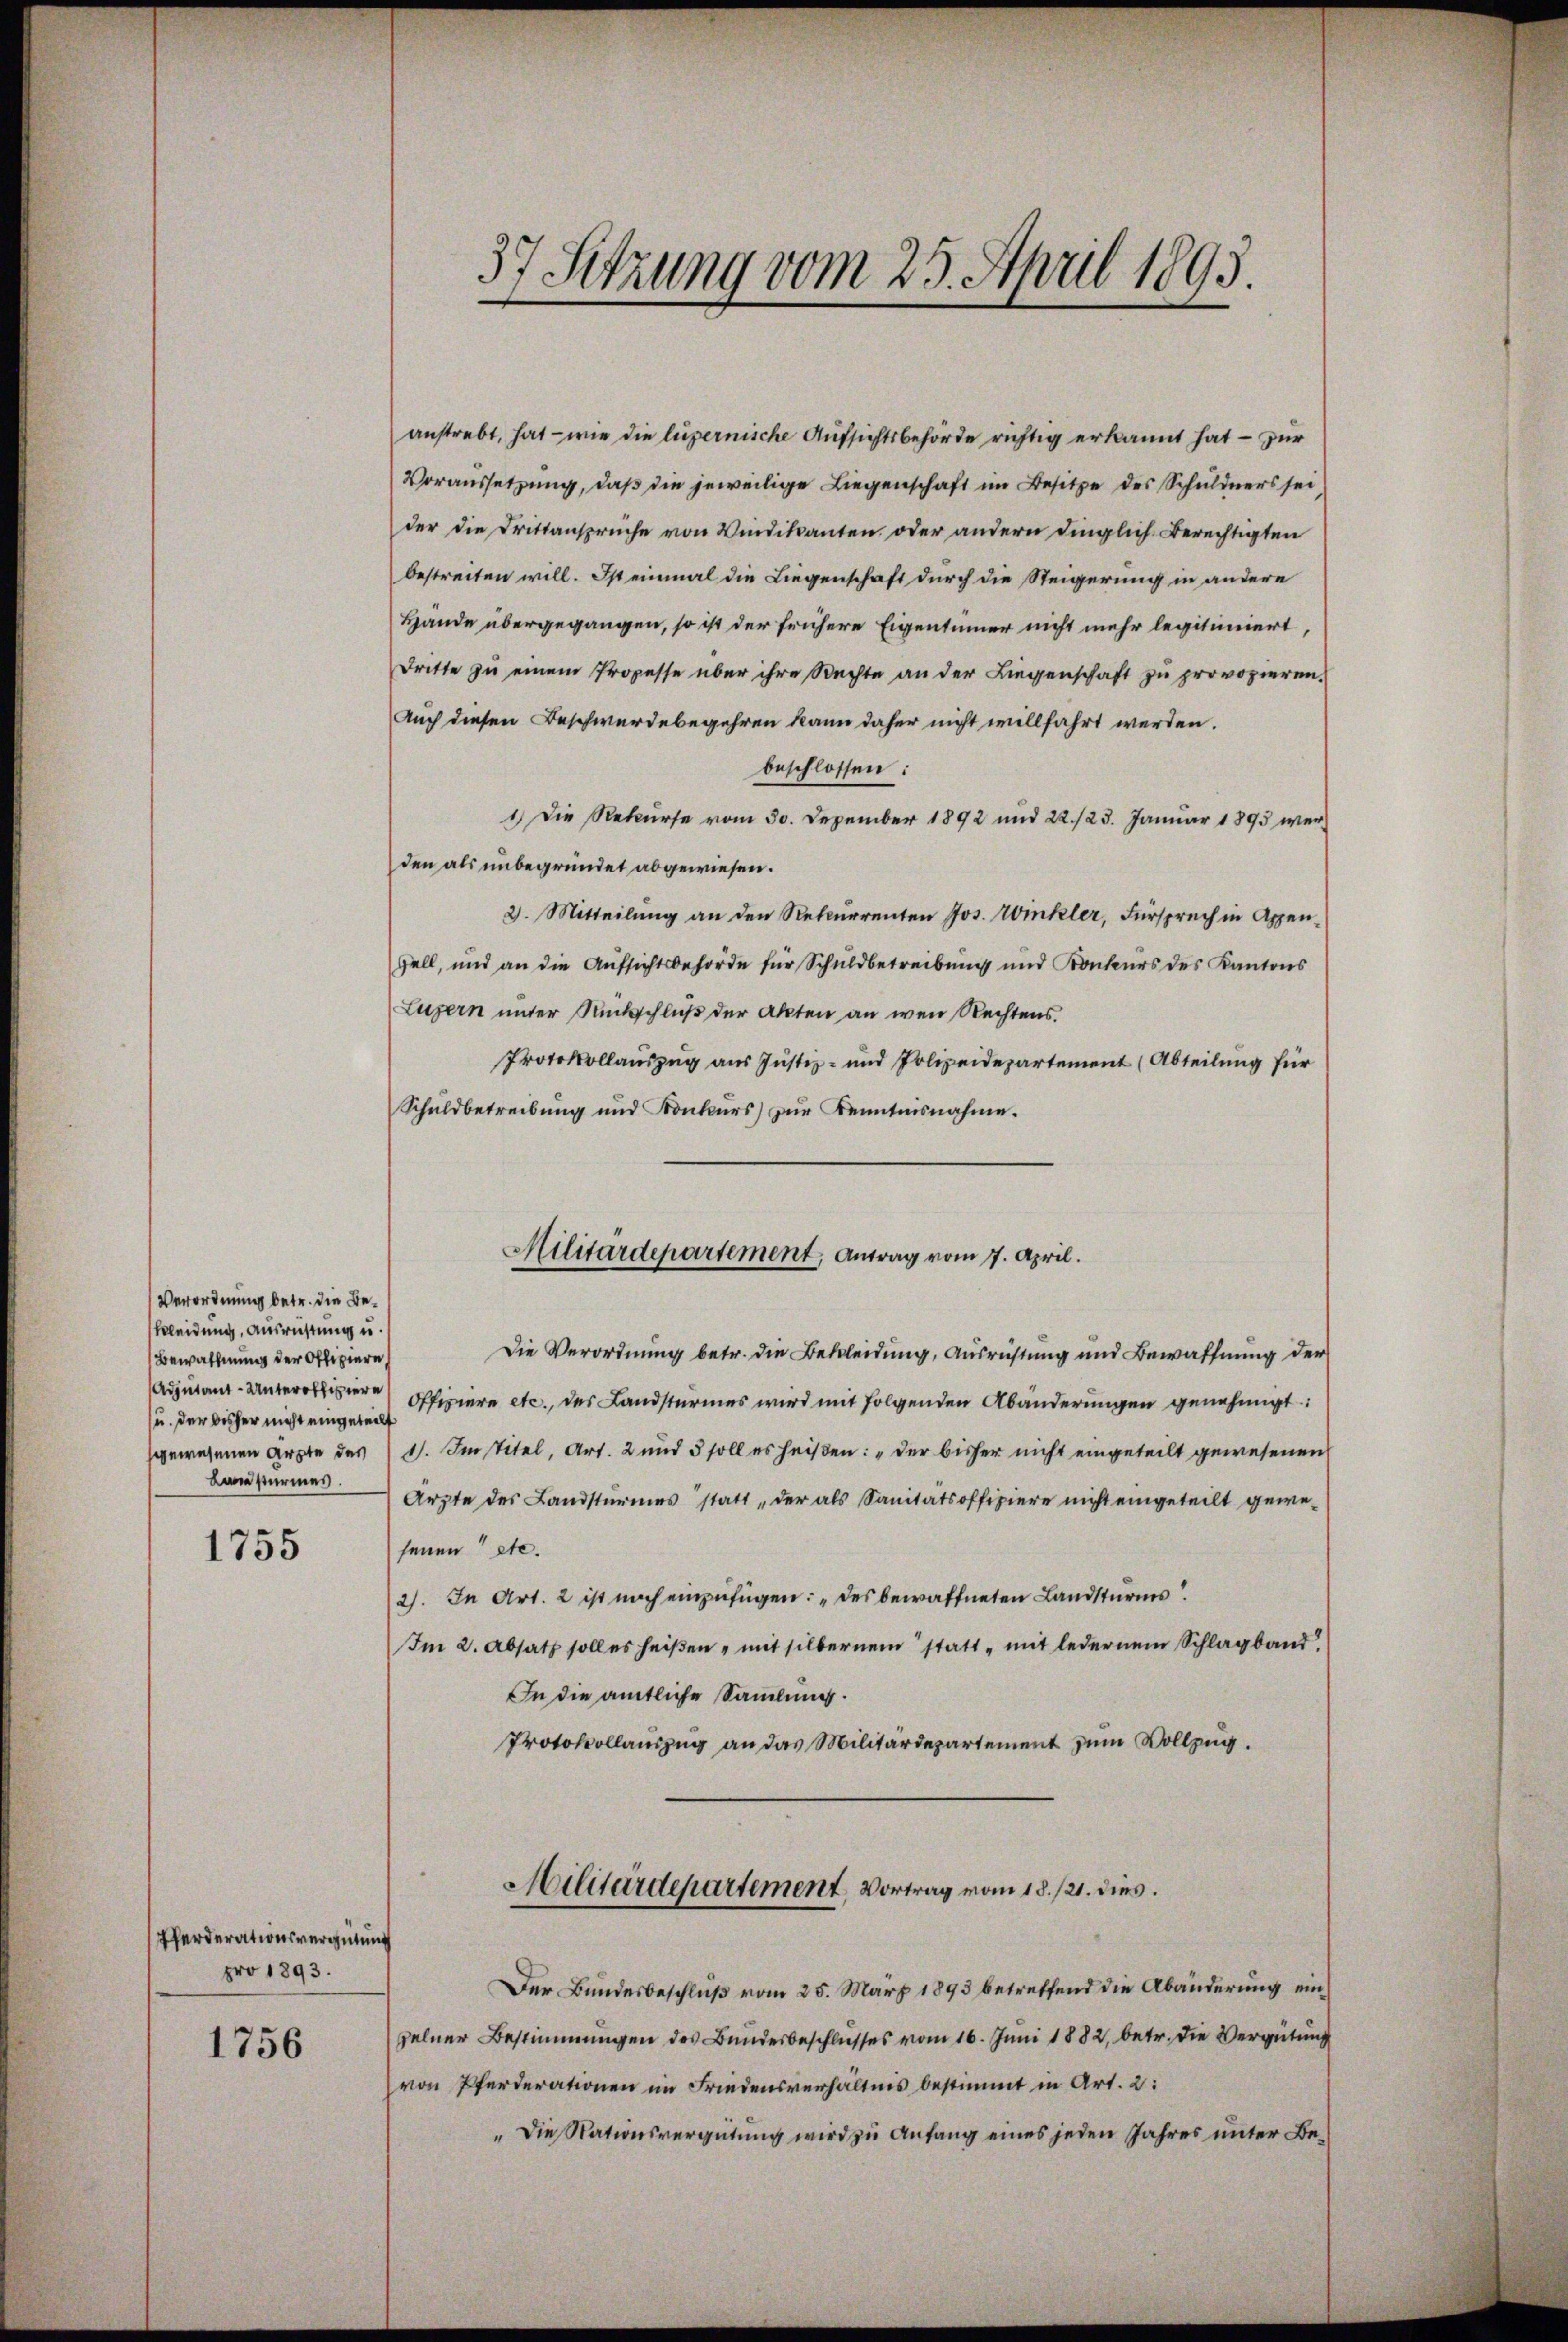
Verordnung betr. die Bekleidung, Ausrüstung u.
Bewachung der Offiziere
u. der bisher nicht eingeteilt
Baustürmes.

1755

Pferderationsvergütung
pro 1893.

1756

37 Sitzung vom 25. April 1893.

anstrebt, hat — wie die luzernische Aufsichtsbehörde richtig erkannt hat – zur
Voraussetzung, daß die jeweilige Liegenschaft im Besitze des Schuldners sei,
der die Drittansprüche von Windikanten, oder andern dinglich Berechtigten
bestreiten will. Ist einmal die Liegenschaft durch die Steigerung in andere
Hände übergegangen, so ist der frühere Eigentümer nicht mehr legitimiert,
Dritte zŭ einem Propesse über ihre Rechte an der Liegenschaft zŭ provozieren.
Auch diesen Beschwerdebegehren kann daher nicht willfahrt werden.
beschlossen:
1) Die Rekurse vom 30. Dezember 1892 und 22./23. Januar 1893 werden als unbegründet abgewiesen.
2. Mitteilung an den Rekurrenten Jos. Winkler, Fürspruch in Appen¬
Zell, und an die Aufsichtsbehörde für Schuldbetreibung und Konkurs des Kantons
Luzern unter Rückschluß der Akten an wen Rechtens
Protokollauszug aus Justiz- und Polizeidepartement (Abteilung für
Schŭldbetreibŭng und Konkŭrs) zŭr Kenntnisnahme.
Militärdepartement, Antrag vom 17. April.
Die Verordnung betr. die Bekleidung, Ausrichtung und Bewaffnung der
Adjutant-Unteroffiziere Offiziere etc., des Landstürmes wird mit folgenden Abänderungen genehmigt.
gewesenen Ärzte des 1. Institel, Art. 2 und 5 soll es heißen: „der bisher nicht eingeteilt gewesenen
Arzte des Landsturmes statt „der als Sanitätsoffiziere nicht eingeteilt gewesenen etc.
2). In Art. 2 ist noch einzufügen: „des bewaffneten Landsturms
Im 2. Absatz soll es heißen, mit silbernem statt - mit ledernem Schlagband.
In die amtliche Samlung.
Protokollauszug an das Militärdepartement zum Vollzug.

Militärdepartement Vortrag vom 18./21. dies.

Der Bundesbeschluß vom 25. März 1893 betreffend die Abänderung einzelner Bestimmungen des Bundesbeschlusses vom 16. Juni 1882, betr. die Vergütung
von Pferderationen im Friedensverhältnis bestimmt in Art. 2:
"Die Nationsvergütung wird zu Anfang eines jeden Jahres unter Be¬